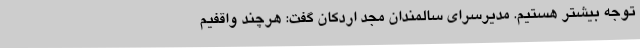
توجه بیشتر هستیم.‌ مدیرسرای‌ سالمندان مجد اردکان گفت: هرچند واقفیم